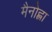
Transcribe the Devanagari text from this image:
मैनोह्ला